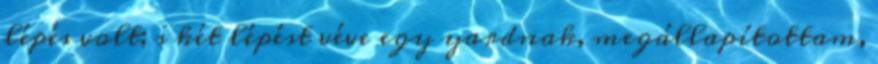
lépés volt; s két lépést véve egy yardnak, megállapítottam,